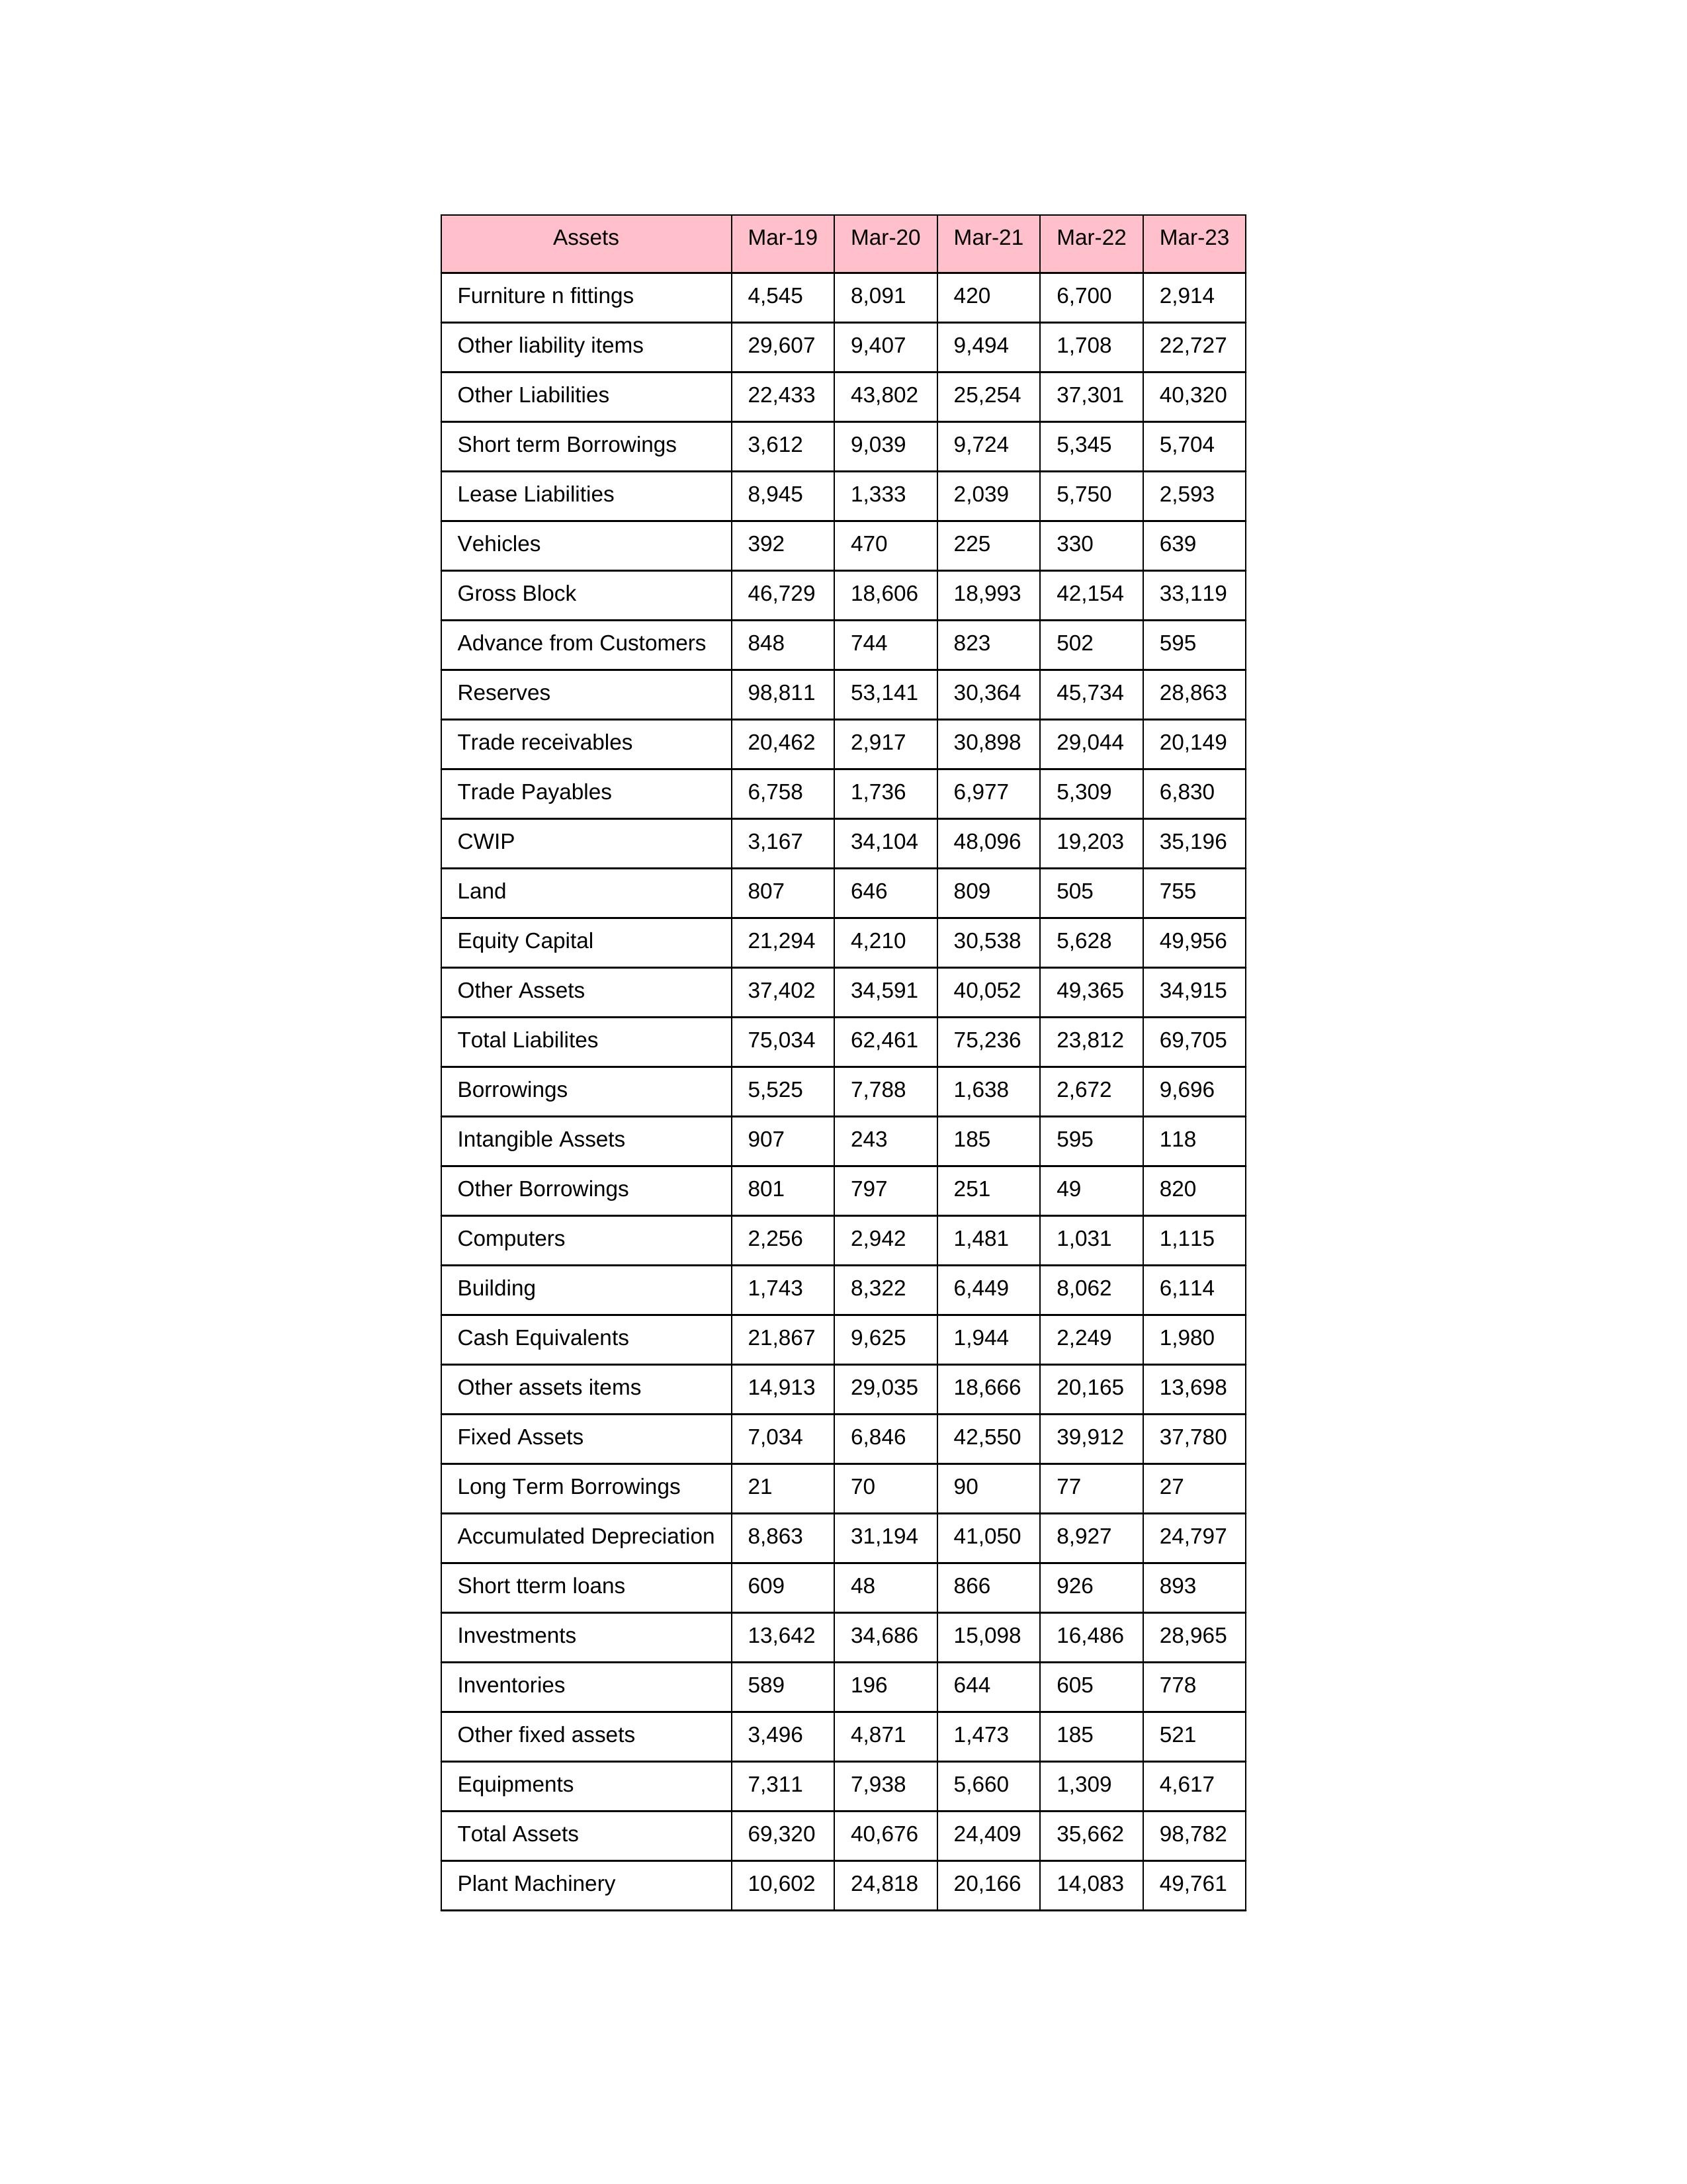
gt_parse: Mar-19: Equity Capital: 21,294
Reserves: 98,811
Borrowings: 5,525
Long Term Borrowings: 21
Short term Borrowings: 3,612
Lease Liabilities: 8,945
Other Borrowings: 801
Other Liabilities: 22,433
Trade Payables: 6,758
Advance from Customers: 848
Other liability items: 29,607
Total Liabilites: 75,034
Fixed Assets: 7,034
Land: 807
Building: 1,743
Plant Machinery: 10,602
Equipments: 7,311
Computers: 2,256
Furniture n fittings: 4,545
Vehicles: 392
Intangible Assets: 907
Other fixed assets: 3,496
Gross Block: 46,729
Accumulated Depreciation: 8,863
CWIP: 3,167
Investments: 13,642
Other Assets: 37,402
Inventories: 589
Trade receivables: 20,462
Cash Equivalents: 21,867
Short tterm loans: 609
Other assets items: 14,913
Total Assets: 69,320
Mar-20: Equity Capital: 4,210
Reserves: 53,141
Borrowings: 7,788
Long Term Borrowings: 70
Short term Borrowings: 9,039
Lease Liabilities: 1,333
Other Borrowings: 797
Other Liabilities: 43,802
Trade Payables: 1,736
Advance from Customers: 744
Other liability items: 9,407
Total Liabilites: 62,461
Fixed Assets: 6,846
Land: 646
Building: 8,322
Plant Machinery: 24,818
Equipments: 7,938
Computers: 2,942
Furniture n fittings: 8,091
Vehicles: 470
Intangible Assets: 243
Other fixed assets: 4,871
Gross Block: 18,606
Accumulated Depreciation: 31,194
CWIP: 34,104
Investments: 34,686
Other Assets: 34,591
Inventories: 196
Trade receivables: 2,917
Cash Equivalents: 9,625
Short tterm loans: 48
Other assets items: 29,035
Total Assets: 40,676
Mar-21: Equity Capital: 30,538
Reserves: 30,364
Borrowings: 1,638
Long Term Borrowings: 90
Short term Borrowings: 9,724
Lease Liabilities: 2,039
Other Borrowings: 251
Other Liabilities: 25,254
Trade Payables: 6,977
Advance from Customers: 823
Other liability items: 9,494
Total Liabilites: 75,236
Fixed Assets: 42,550
Land: 809
Building: 6,449
Plant Machinery: 20,166
Equipments: 5,660
Computers: 1,481
Furniture n fittings: 420
Vehicles: 225
Intangible Assets: 185
Other fixed assets: 1,473
Gross Block: 18,993
Accumulated Depreciation: 41,050
CWIP: 48,096
Investments: 15,098
Other Assets: 40,052
Inventories: 644
Trade receivables: 30,898
Cash Equivalents: 1,944
Short tterm loans: 866
Other assets items: 18,666
Total Assets: 24,409
Mar-22: Equity Capital: 5,628
Reserves: 45,734
Borrowings: 2,672
Long Term Borrowings: 77
Short term Borrowings: 5,345
Lease Liabilities: 5,750
Other Borrowings: 49
Other Liabilities: 37,301
Trade Payables: 5,309
Advance from Customers: 502
Other liability items: 1,708
Total Liabilites: 23,812
Fixed Assets: 39,912
Land: 505
Building: 8,062
Plant Machinery: 14,083
Equipments: 1,309
Computers: 1,031
Furniture n fittings: 6,700
Vehicles: 330
Intangible Assets: 595
Other fixed assets: 185
Gross Block: 42,154
Accumulated Depreciation: 8,927
CWIP: 19,203
Investments: 16,486
Other Assets: 49,365
Inventories: 605
Trade receivables: 29,044
Cash Equivalents: 2,249
Short tterm loans: 926
Other assets items: 20,165
Total Assets: 35,662
Mar-23: Equity Capital: 49,956
Reserves: 28,863
Borrowings: 9,696
Long Term Borrowings: 27
Short term Borrowings: 5,704
Lease Liabilities: 2,593
Other Borrowings: 820
Other Liabilities: 40,320
Trade Payables: 6,830
Advance from Customers: 595
Other liability items: 22,727
Total Liabilites: 69,705
Fixed Assets: 37,780
Land: 755
Building: 6,114
Plant Machinery: 49,761
Equipments: 4,617
Computers: 1,115
Furniture n fittings: 2,914
Vehicles: 639
Intangible Assets: 118
Other fixed assets: 521
Gross Block: 33,119
Accumulated Depreciation: 24,797
CWIP: 35,196
Investments: 28,965
Other Assets: 34,915
Inventories: 778
Trade receivables: 20,149
Cash Equivalents: 1,980
Short tterm loans: 893
Other assets items: 13,698
Total Assets: 98,782